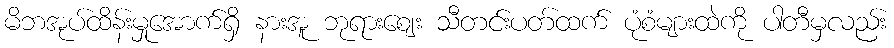
မိဘအုပ်ထိန်းမှုအောက်ရှိ နားအူ ဘုရားဈေး သီတင်းပတ်ထက် ပုံစံများထဲကို ပါတီမှလည်း